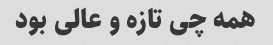
همه چی تازه و عالی بود